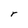
Character: r